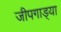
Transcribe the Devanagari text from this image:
जीपगाड्या